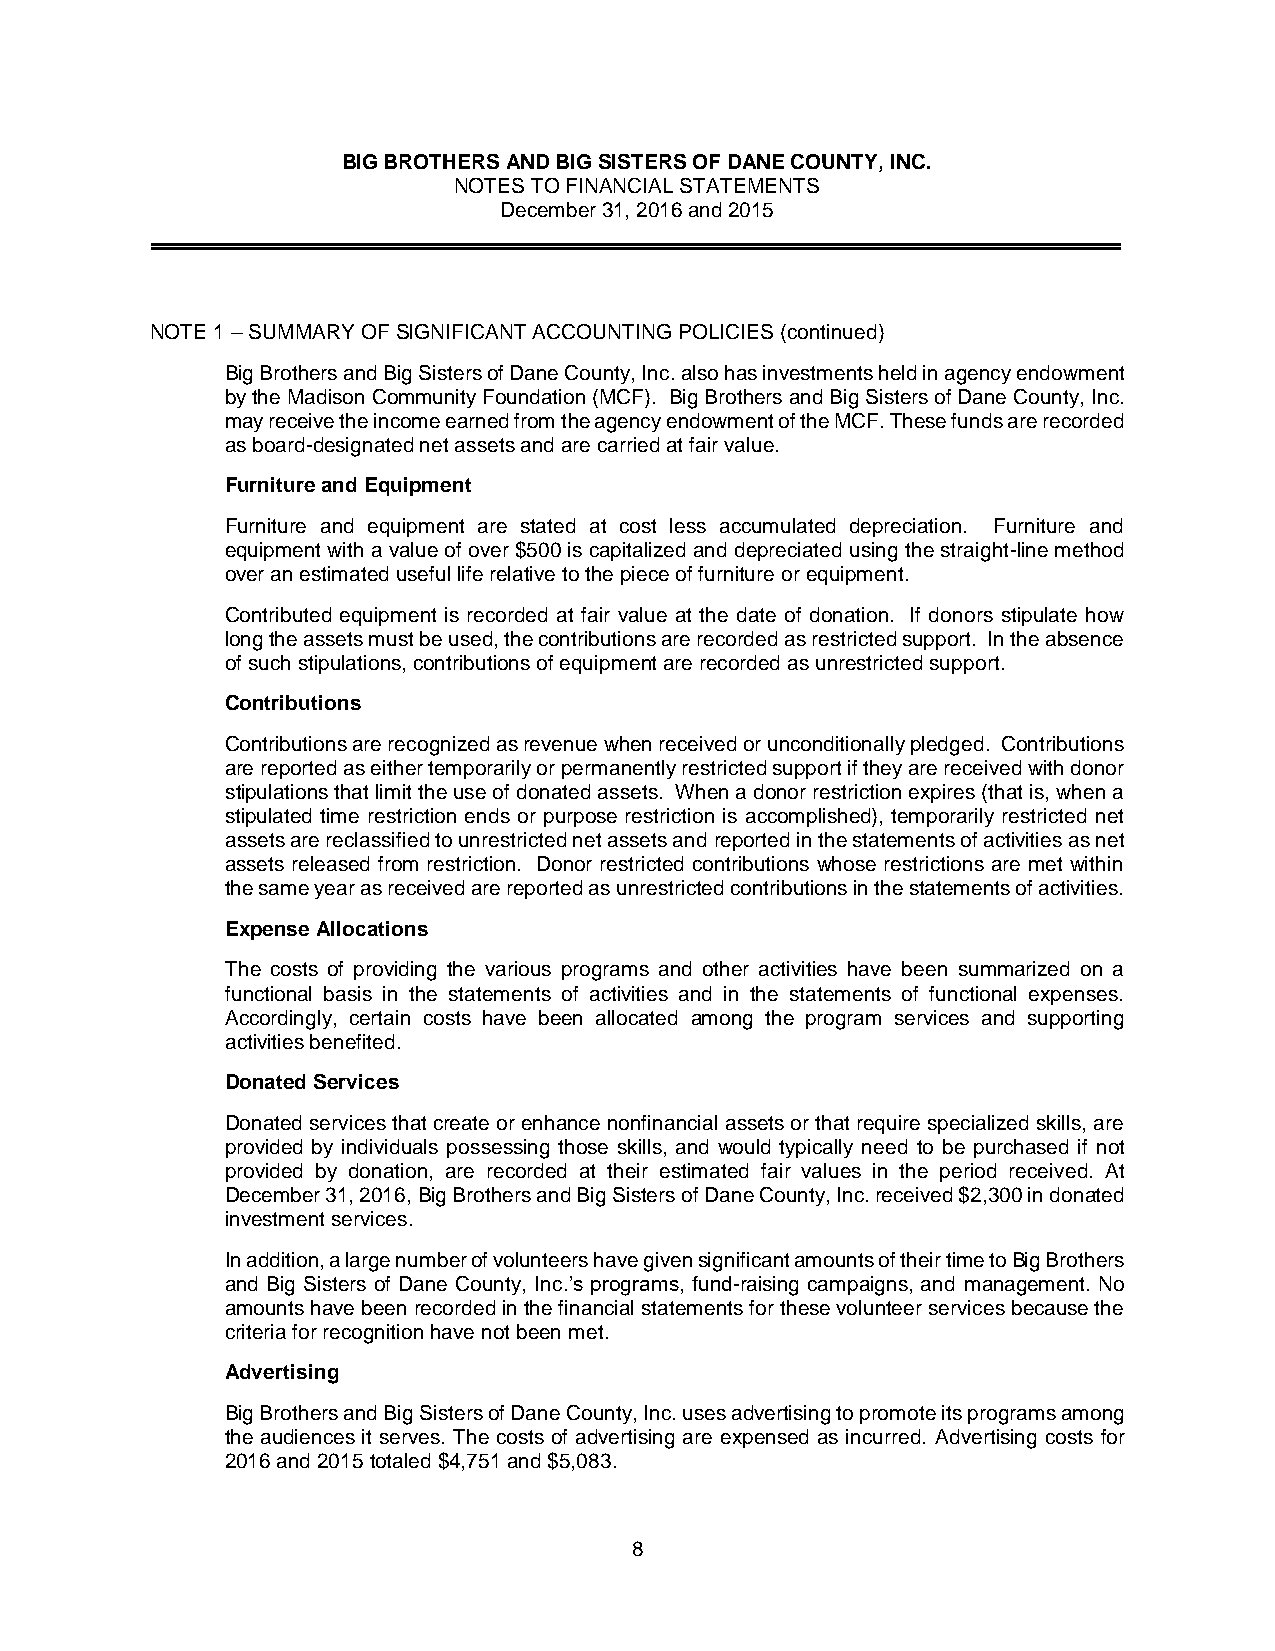
BIG BROTHERS AND BIG SISTERS OF DANE COUNTY, INC.
 NOTES TO FINANCIAL STATEMENTS
 December 31, 2016 and 2015
 NOTE 1 – SUMMARY OF SIGNIFICANT ACCOUNTING POLICIES (continued)
 Big Brothers and Big Sisters of Dane County, Inc. also has investments held in agency endowment
 by the Madison Community Foundation (MCF). Big Brothers and Big Sisters of Dane County, Inc.
 may receive the income earned from the agency endowment of the MCF. These funds are recorded
 as board-designated net assets and are carried at fair value.
 Furniture and Equipment
 Furniture and equipment are stated at cost less accumulated depreciation. Furniture and
 equipment with a value of over $500 is capitalized and depreciated using the straight-line method
 over an estimated useful life relative to the piece of furniture or equipment.
 Contributed equipment is recorded at fair value at the date of donation. If donors stipulate how
 long the assets must be used, the contributions are recorded as restricted support. In the absence
 of such stipulations, contributions of equipment are recorded as unrestricted support.
 Contributions
 Contributions are recognized as revenue when received or unconditionally pledged. Contributions
 are reported as either temporarily or permanently restricted support if they are received with donor
 stipulations that limit the use of donated assets. When a donor restriction expires (that is, when a
 stipulated time restriction ends or purpose restriction is accomplished), temporarily restricted net
 assets are reclassified to unrestricted net assets and reported in the statements of activities as net
 assets released from restriction. Donor restricted contributions whose restrictions are met within
 the same year as received are reported as unrestricted contributions in the statements of activities.
 Expense Allocations
 The costs of providing the various programs and other activities have been summarized on a
 functional basis in the statements of activities and in the statements of functional expenses.
 Accordingly, certain costs have been allocated among the program services and supporting
 activities benefited.
 Donated Services
 Donated services that create or enhance nonfinancial assets or that require specialized skills, are
 provided by individuals possessing those skills, and would typically need to be purchased if not
 provided by donation, are recorded at their estimated fair values in the period received. At
 December 31, 2016, Big Brothers and Big Sisters of Dane County, Inc. received $2,300 in donated
 investment services.
 In addition, a large number of volunteers have given significant amounts of their time to Big Brothers
 and Big Sisters of Dane County, Inc.’s programs, fund-raising campaigns, and management. No
 amounts have been recorded in the financial statements for these volunteer services because the
 criteria for recognition have not been met.
 Advertising
 Big Brothers and Big Sisters of Dane County, Inc. uses advertising to promote its programs among
 the audiences it serves. The costs of advertising are expensed as incurred. Advertising costs for
 2016 and 2015 totaled $4,751 and $5,083.
 8